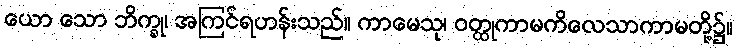
ယော သော ဘိက္ခု၊ အကြင်ရဟန်းသည်။ ကာမေသု၊ ဝတ္ထုကာမကိလေသာကာမတို့၌။